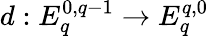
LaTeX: d:E_{q}^{0,q-1}\to E_{q}^{q,0}